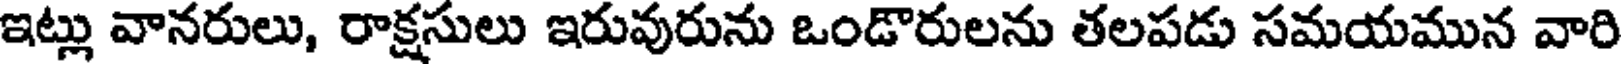
ఇట్లు వానరులు, రాక్షసులు ఇరువురును ఒండొరులను తలపడు సమయమున వారి